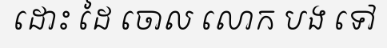
ដោះ ដៃ ចោល លោក បង ទៅ